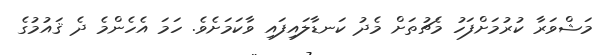
މަޝްވަރާ ކުރުމަށްފަހު މެޗުތަށް މެދު ކަނޑާލައިފައި ވާކަމަށެވެ. ހަމަ އެހެންމެ ދެ ޤައުމުގެ